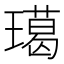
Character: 𤩲